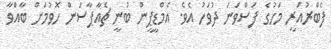
ފެބްރުއަރީ މަހުގެ ފަސްވަނަ ދުވަހު އެވެ. އެމްޑީޕީން ބުނީ ޗެއާޕާސަން ހޮވުމަށް ބާއްވާ